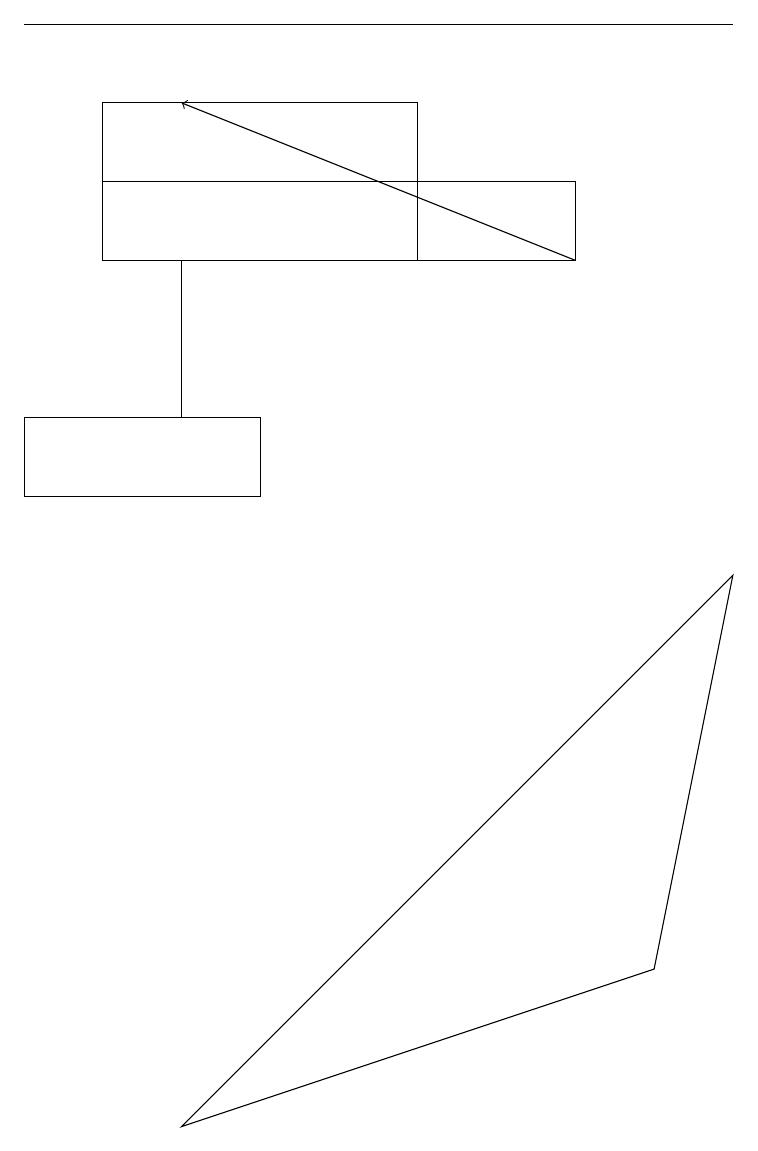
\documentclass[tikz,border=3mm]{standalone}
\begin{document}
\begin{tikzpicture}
\draw (2,13) rectangle (2,11);
\draw (3,10) rectangle (0,11);
\draw (1,13) rectangle (7,14);
\draw[->] (7,13) -- (2,15);
\draw (9,9) -- (8,4) -- (2,2) -- cycle;
\draw (0,16) rectangle (9,16);
\draw (5,13) rectangle (1,15);
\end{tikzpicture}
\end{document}